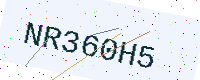
Text: NR360H5